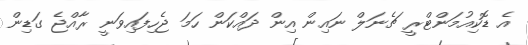
އެ ޑޮކިއުމަންޓްރީ ޗެނަލް ނައިން އިން ދައްކަން ހަމަ ޖެހިފައިވަނީ ރާއްޖެ ގަޑިން